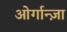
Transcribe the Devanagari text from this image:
ओर्गान्ज़ा